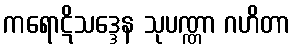
ကရောဋိသဒ္ဒေန သုပဏ္ဏာ ဂဟိတာ